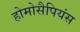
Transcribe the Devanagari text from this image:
होमोसैपियंस